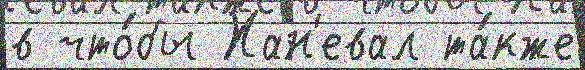
в что́бы Хан'евал та́кже